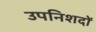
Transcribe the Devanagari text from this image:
उपनिशदों